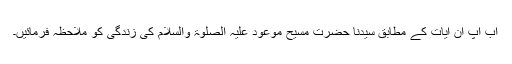
اب آپ ان آیات کے مطابق سیدنا حضرت مسیح موعود علیہ الصلوٰۃ والسلام کی زندگی کو ملاحظہ فرمائیں۔